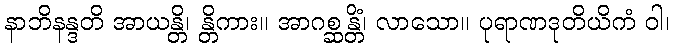
နာဘိနန္ဒတိ အာယန္တိ၊ န္တိကား။ အာဂစ္ဆန္တိံ၊ လာသော။ ပုရာဏဒုတိယိကံ ဝါ၊